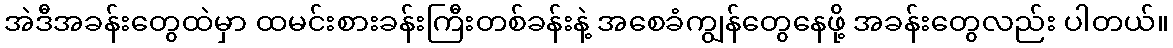
အဲဒီအခန်းတွေထဲမှာ ထမင်းစားခန်းကြီးတစ်ခန်းနဲ့ အစေခံကျွန်တွေနေဖို့ အခန်းတွေလည်း ပါတယ်။